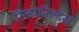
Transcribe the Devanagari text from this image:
मिडफील्‍डर्स